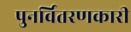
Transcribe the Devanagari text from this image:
पुनर्वितरणकारी